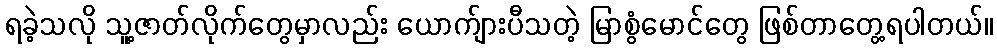
ရခဲ့သလို သူ့ဇာတ်လိုက်တွေမှာလည်း ယောက်ျားပီသတဲ့ မြာစွံမောင်တွေ ဖြစ်တာတွေ့ရပါတယ်။